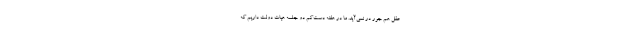
عقل هم جور در نمی‌آید. ما در هفته دست‌کم دو جلسه هیات دولت داریم که